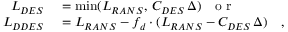
\begin{array} { r l } { L _ { D E S } } & { { } = \operatorname* { m i n } ( L _ { R A N S } , \, C _ { D E S } \, \Delta ) \mathrm { ~ ~ ~ o ~ r ~ } } \\ { L _ { D D E S } } & { { } = L _ { R A N S } - f _ { d } \cdot ( L _ { R A N S } - C _ { D E S } \, \Delta ) \mathrm { ~ ~ ~ } , } \end{array}